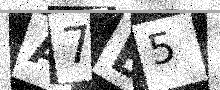
Text: A7B5